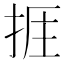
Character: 𢭘